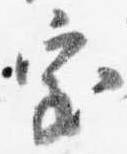
室